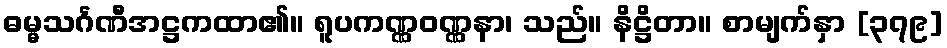
ဓမ္မသင်္ဂဏီအဋ္ဌကထာ၏။ ရူပကဏ္ဏဝဏ္ဏနာ၊ သည်။ နိဋ္ဌိတာ။ စာမျက်နှာ [၃၇၉]